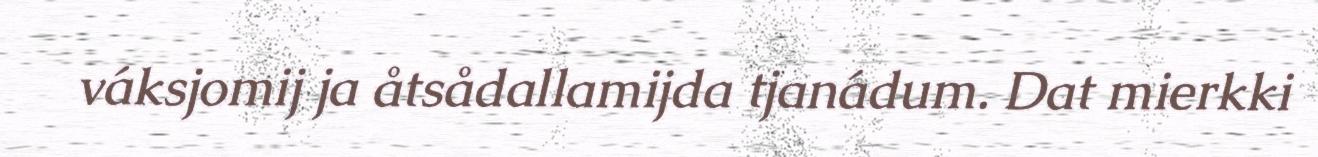
váksjomij ja åtsådallamijda tjanádum. Dat mierkki